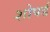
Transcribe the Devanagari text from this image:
शोपर्ड